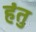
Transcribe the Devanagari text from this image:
हंतु